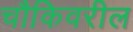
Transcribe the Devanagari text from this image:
चौकिवरील